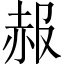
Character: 赧